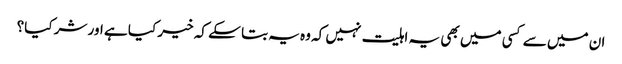
ان میں سے کسی میں بھی یہ اہلیت نہیں کہ وہ یہ بتا سکے کہ خیر کیا ہے اور شر کیا؟